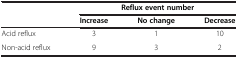
<table><thead><tr><td><b> </b></td><td colspan="3"><b>Reflux event number</b></td></tr><tr><td><b> </b></td><td><b>Increase</b></td><td><b>No change</b></td><td><b>Decrease</b></td></tr></thead><tbody><tr><td>Acid reflux</td><td>3</td><td>1</td><td>10</td></tr><tr><td>Non-acid reflux</td><td>9</td><td>3</td><td>2</td></tr></tbody></table>